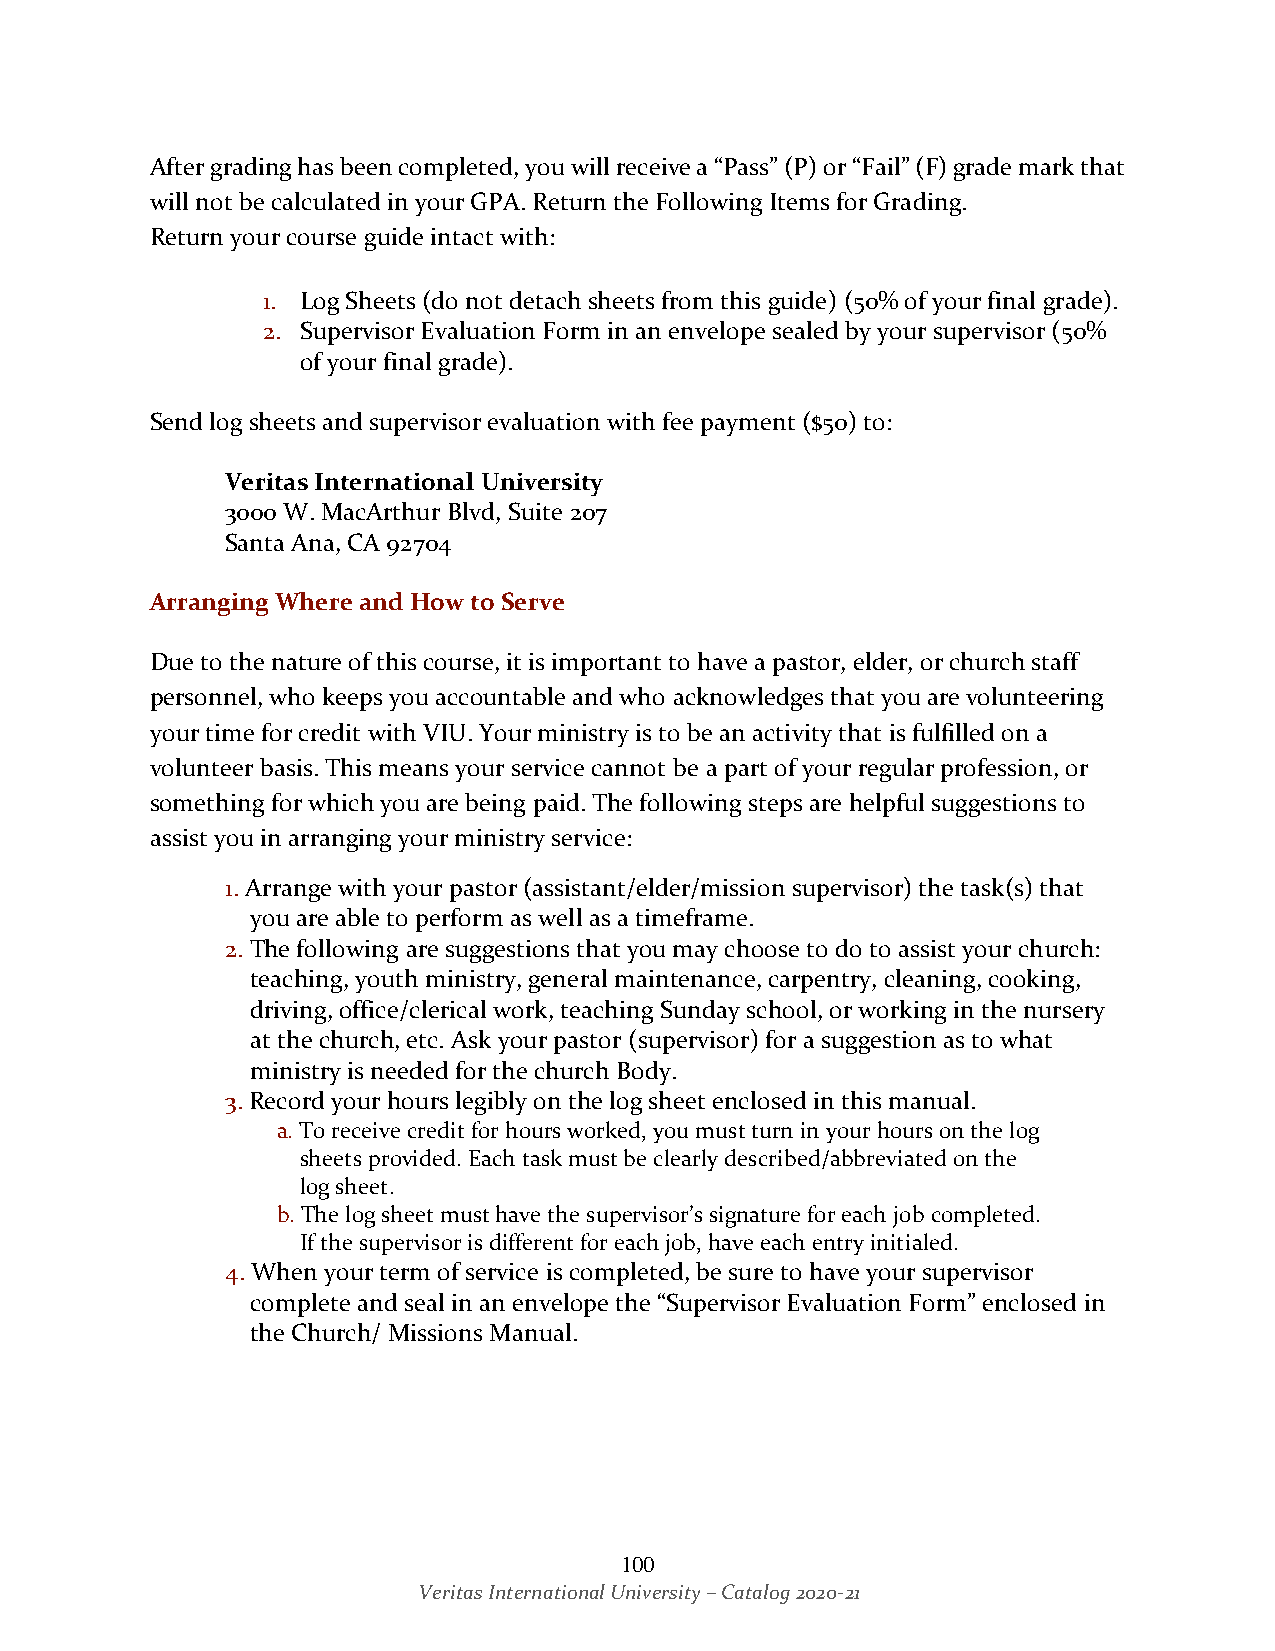
After grading has been completed, you will receive a “Pass” (P) or “Fail” (F) grade mark that
 will not be calculated in your GPA. Return the Following Items for Grading.
 Return your course guide intact with:
 1. Log Sheets (do not detach sheets from this guide) (50% of your final grade).
 2. Supervisor Evaluation Form in an envelope sealed by your supervisor (50%
 of your final grade).
 Send log sheets and supervisor evaluation with fee payment ($50) to:
 Veritas International University
 3000 W. MacArthur Blvd, Suite 207
 Santa Ana, CA 92704
 Arranging Where and How to Serve
 Due to the nature of this course, it is important to have a pastor, elder, or church staff
 personnel, who keeps you accountable and who acknowledges that you are volunteering
 your time for credit with VIU. Your ministry is to be an activity that is fulfilled on a
 volunteer basis. This means your service cannot be a part of your regular profession, or
 something for which you are being paid. The following steps are helpful suggestions to
 assist you in arranging your ministry service:
 1. Arrange with your pastor (assistant/elder/mission supervisor) the task(s) that
 you are able to perform as well as a timeframe.
 2. The following are suggestions that you may choose to do to assist your church:
 teaching, youth ministry, general maintenance, carpentry, cleaning, cooking,
 driving, office/clerical work, teaching Sunday school, or working in the nursery
 at the church, etc. Ask your pastor (supervisor) for a suggestion as to what
 ministry is needed for the church Body.
 3. Record your hours legibly on the log sheet enclosed in this manual.
 a. To receive credit for hours worked, you must turn in your hours on the log
 sheets provided. Each task must be clearly described/abbreviated on the
 log sheet.
 b. The log sheet must have the supervisor’s signature for each job completed.
 If the supervisor is different for each job, have each entry initialed.
 4. When your term of service is completed, be sure to have your supervisor
 complete and seal in an envelope the “Supervisor Evaluation Form” enclosed in
 the Church/ Missions Manual.
 100
 Veritas International University – Catalog 2020-21